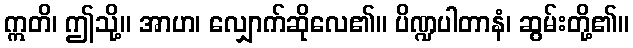
ဣတိ၊ ဤသို့။ အာဟ၊ လျှောက်ဆိုလေ၏။ ပိဏ္ဍပါတာနံ၊ ဆွမ်းတို့၏။